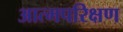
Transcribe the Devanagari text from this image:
आत्मपरिक्षण